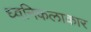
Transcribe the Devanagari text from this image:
ध्वनिकलाकार